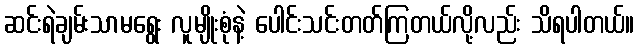
ဆင်းရဲချမ်းသာမရွေး လူမျိုးစုံနဲ့ ပေါင်းသင်းတတ်ကြတယ်လို့လည်း သိရပါတယ်။